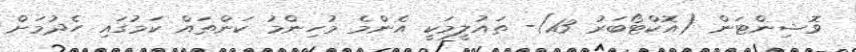
ވޮޝިންޓަން (އޮކްޓޯބަރު 13)- ތައުލީމަކީ އެންމެ މުހިންމު ކަންތައް ކަމުގައި ހެދުމަށް